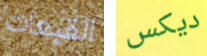
القبعات ديكس